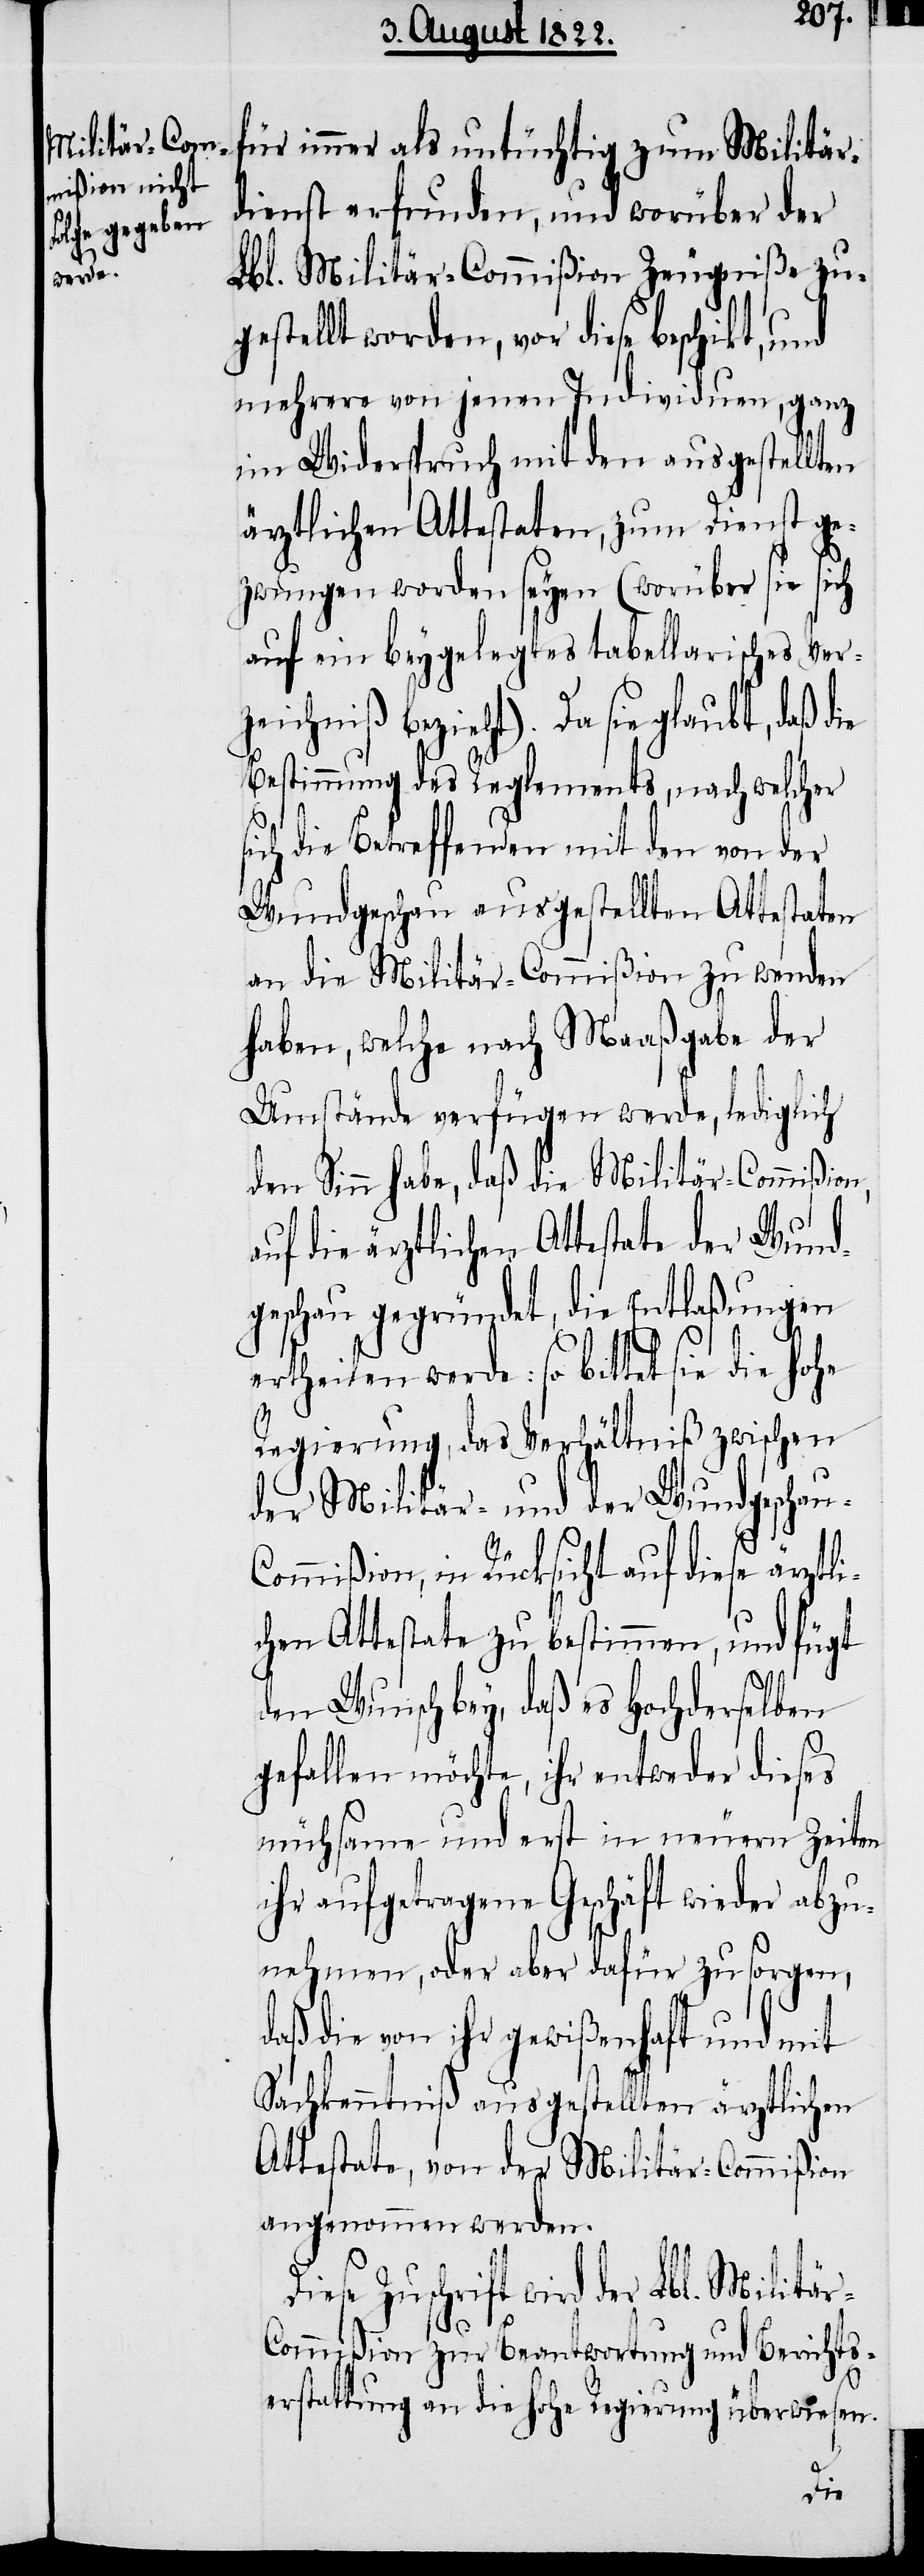
für immer als untüchtig zum Militär¬
dienst erfunden, und worüber der
Lbl. Militär-Commißion Zeugniße zu¬
gestellt worden, vor diese beschikt, und
mehrere von jenen Individuen, ganz
im Widerspruch mit den ausgestellten
ärztlichen Attestaten, zum Dienst ge¬
zwungen worden seyen (worüber sie sich
auf ein beygelegtes tabellarisches Ver¬
zeichniß bezieht). Da sie glaubt, d¬
Bestimmung des Reglements, nach welcher
sich die Betreffenden mit den von der
Wundgeschau ausgestellten Attestaten
an die Militär-Commißion zu wenden
haben, welche nach Maaßgabe der
Umstände verfügen werde, lediglich
den Sinn habe, daß die Militär-Commißion,
auf die ärztlichen Attestate der Wun¬
geschau gegründet, die Entlaßungen
ertheilen werde: so bittet sie die hohe
Regierung, das Verhältniß zwischen
der Militär- und der Wundgescha¬
ommißion, in Rücksicht auf diese ärztli¬
chen Attestate zu bestimmen, und fügt
den Wunsch bey, daß es Hochderselben
gefallen möchte, ihr entweder dieses
mühsame und erst in neuen Zeiten
ihr aufgetragene Geschäft wieder abzu¬
nehmen, oder aber dafür zu sorgen,
daß die von ihr gewißenhaft und mit
Sachkenntniß ausgestellten ärztlichen
Attestate, von der Militär-Commißion
angenommen werden.
se Zuschrift wird der Lbl. Militä¬
r-C¬
ommißion zur Beantwortung und Berichts¬
erstattung an die hohe Regierung überwiesen.
Die¬